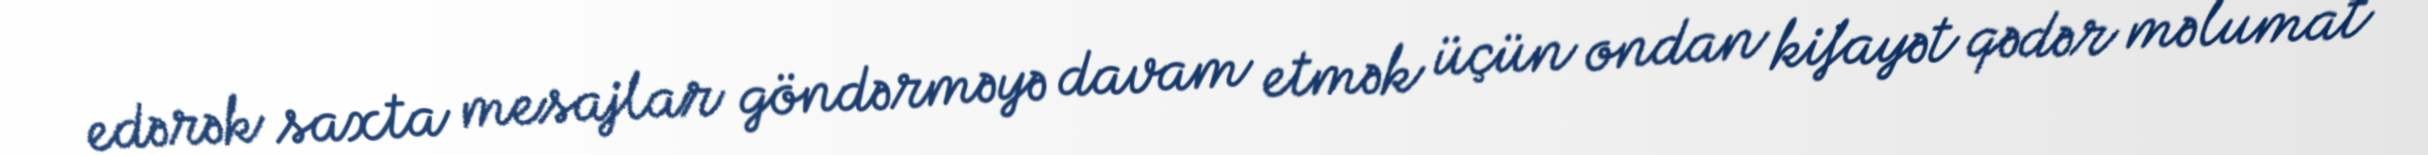
edərək saxta mesajlar göndərməyə davam etmək üçün ondan kifayət qədər məlumat